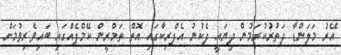
އޭރު މަލަންޑާ ދަތުރުކުރަމުން ދިޔައީ ދެކުނު އެފްރިކާގައި އޮތް ތަމްރީން ކޭމްޕެއްގައި ބައިވެރިވުމަށް